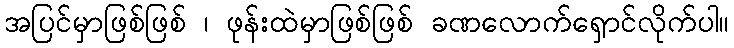
အပြင်မှာဖြစ်ဖြစ် ၊ ဖုန်းထဲမှာဖြစ်ဖြစ် ခဏလောက်ရှောင်လိုက်ပါ။